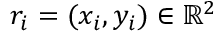
r _ { i } = ( x _ { i } , y _ { i } ) \in \mathbb { R } ^ { 2 }